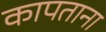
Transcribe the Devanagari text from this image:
कापताना